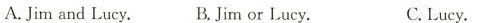
A.Jim and Lucy. B.Jim or Lucy. C. Lucy.